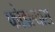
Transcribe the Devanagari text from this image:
फोडल्यास